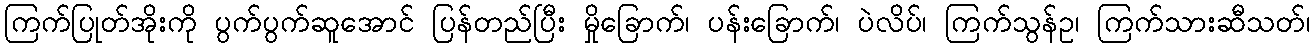
ကြက်ပြုတ်အိုးကို ပွက်ပွက်ဆူအောင် ပြန်တည်ပြီး မှိုခြောက်၊ ပန်းခြောက်၊ ပဲလိပ်၊ ကြက်သွန်ဥ၊ ကြက်သားဆီသတ်၊